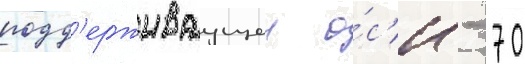
подд'ерживаущеи о́с'и - 70